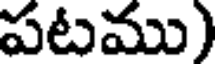
పటము)